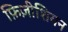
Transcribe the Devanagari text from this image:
फ़िज़ीशियन